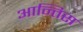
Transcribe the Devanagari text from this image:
आन्तिस